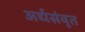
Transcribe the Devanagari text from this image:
अर्धसंवृत